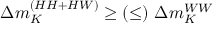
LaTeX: \Delta m _ { K } ^ { ( H H + H W ) } \geq ( \leq ) \ \Delta m _ { K } ^ { W W }